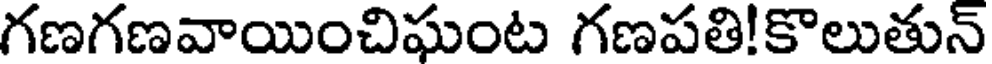
గణగణవాయించిఘంట గణపతి!కొలుతున్